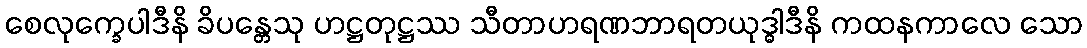
စေလုက္ခေပါဒီနိ ခိပန္တေသု ဟဋ္ဌတုဋ္ဌဿ သီတာဟရဏဘာရတယုဒ္ဓါဒီနိ ကထနကာလေ သော